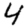
Digit: 4